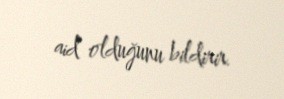
aid olduğunu bildirir.